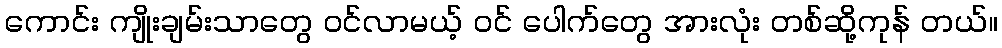
ကောင်း ကျိုးချမ်းသာတွေ ဝင်လာမယ့် ဝင် ပေါက်တွေ အားလုံး တစ်ဆို့ကုန် တယ်။